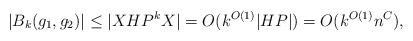
LaTeX: \begin{align*}|B_k(g_1,g_2)| \le |X HP^k X| = O(k^{O(1)} |HP|) = O(k^{O(1)} n^C),\end{align*}